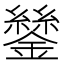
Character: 𨭔